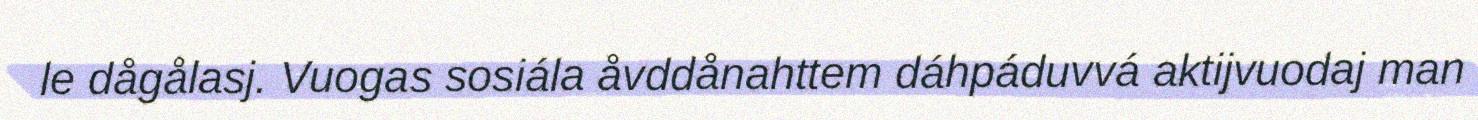
le dågålasj. Vuogas sosiála åvddånahttem dáhpáduvvá aktijvuodaj man